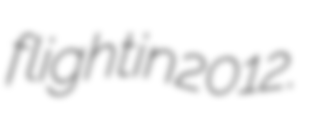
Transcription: flight in 2012.